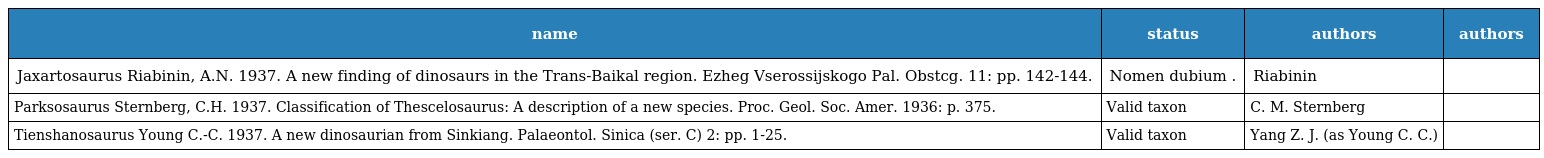
| name | status | authors | authors |
 | --- | --- | --- | --- |
 | Jaxartosaurus Riabinin, A.N. 1937. A new finding of dinosaurs in the Trans-Baikal region. Ezheg Vserossijskogo Pal. Obstcg. 11: pp. 142-144. | Nomen dubium . | Riabinin |  |
 | Parksosaurus Sternberg, C.H. 1937. Classification of Thescelosaurus: A description of a new species. Proc. Geol. Soc. Amer. 1936: p. 375. | Valid taxon | C. M. Sternberg |  |
 | Tienshanosaurus Young C.-C. 1937. A new dinosaurian from Sinkiang. Palaeontol. Sinica (ser. C) 2: pp. 1-25. | Valid taxon | Yang Z. J. (as Young C. C.) |  |